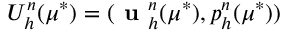
U _ { h } ^ { n } ( \mu ^ { * } ) = ( \textbf { u } _ { h } ^ { n } ( \mu ^ { * } ) , p _ { h } ^ { n } ( \mu ^ { * } ) )